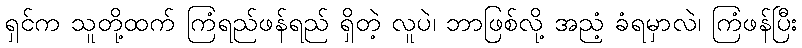
ရှင်က သူတို့ထက် ကြံရည်ဖန်ရည် ရှိတဲ့ လူပဲ၊ ဘာဖြစ်လို့ အညံ့ ခံရမှာလဲ၊ ကြံဖန်ပြီး